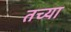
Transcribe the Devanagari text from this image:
तच्या